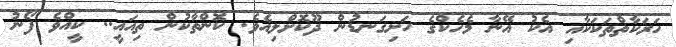
ހަރަކާތްތަކަކާއި އެކު އޭނާ މެހެކްގެ ހަށިގަނޑުން ދޫކޮށްލިއެވެ. ކޮންތާކުން ތިއައީ.. ކީއްވެ ފޯނު